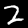
Digit: 2